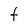
Character: t